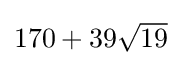
{\textstyle 170+39{\sqrt {19}}}